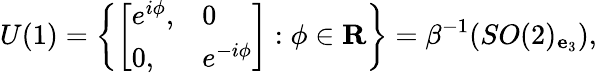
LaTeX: U(1)=\left\{ \left[\begin{array}{ll}{{e^{i\phi},}}&{{0}}\\ {{0,}}&{{e^{-i\phi}}}\end{array}\right]:\phi\in{\mathbf R}\right\} =\beta^{-1}(SO(2)_{{\mathbf e}_{3}}),